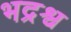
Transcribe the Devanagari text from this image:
भद्रश्व